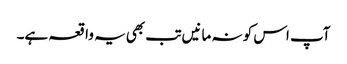
آپ اس کو نہ مانیں تب بھی یہ واقعہ ہے۔